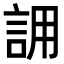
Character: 𮘄